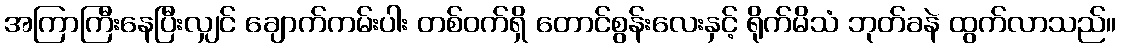
အကြာကြီးနေပြီးလျှင် ချောက်ကမ်းပါး တစ်ဝက်ရှိ တောင်စွန်းလေးနှင့် ရိုက်မိသံ ဘုတ်ခနဲ ထွက်လာသည်။